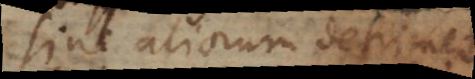
sine aliorum detrimento